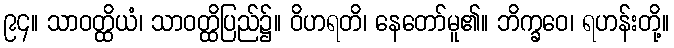
၉၄။ သာဝတ္ထိယံ၊ သာဝတ္ထိပြည်၌။ ဝိဟရတိ၊ နေတော်မူ၏။ ဘိက္ခဝေ၊ ရဟန်းတို့။